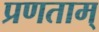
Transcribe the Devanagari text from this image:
प्रणताम्